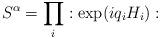
LaTeX: \begin{align*}S^{\alpha }=\prod _{i}:\exp (iq_{i}H_{i}):\end{align*}